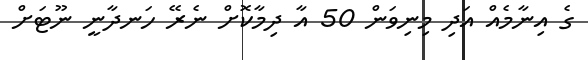
ގެ އިނާމެއް އަދި މިނިވަން 50 އާ ދިމާކޮށް ނެރޭ ހަނދާނީ ނޫޓަށް